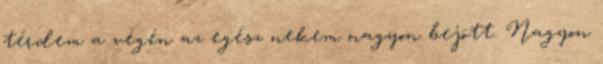
térdem a végén az egész nekem nagyon bejött. Nagyon